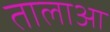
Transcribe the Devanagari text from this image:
तालाआ